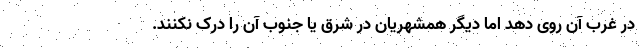
در غرب آن روی دهد اما دیگر همشهریان در شرق یا جنوب آن را درک نکنند.